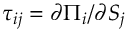
\tau _ { i j } = \partial \Pi _ { i } / \partial S _ { j }